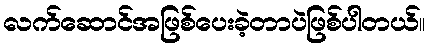
လက်ဆောင်အဖြစ်ပေးခဲ့တာပဲဖြစ်ပါတယ်။